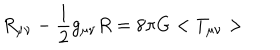
LaTeX: R _ { \mu \nu } - \frac { 1 } { 2 } g _ { \mu \nu } R = 8 { \pi } G < T _ { \mu \nu } >